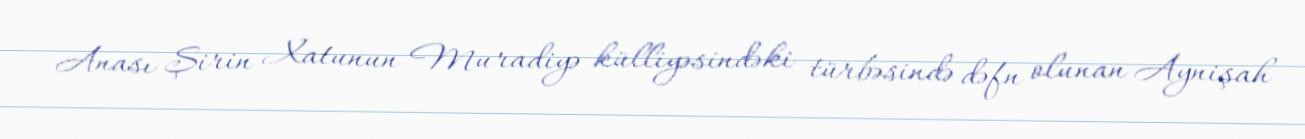
Anası Şirin Xatunun Muradiyə külliyəsindəki türbəsində dəfn olunan Aynişah